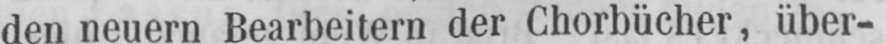
den neuern Bearbeitern der Chorbücher, über-